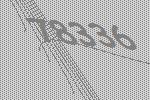
78336